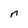
Character: n